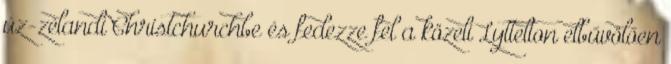
úz-zélandi Christchurchbe és fedezze fel a közeli Lyttelton elbűvölően